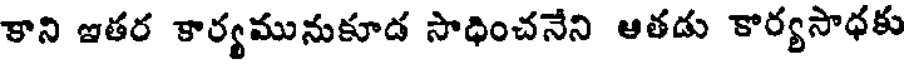
కాని ఇతర కార్యమునుకూడ సాధించనేని ఆతడు కార్యసాధకు